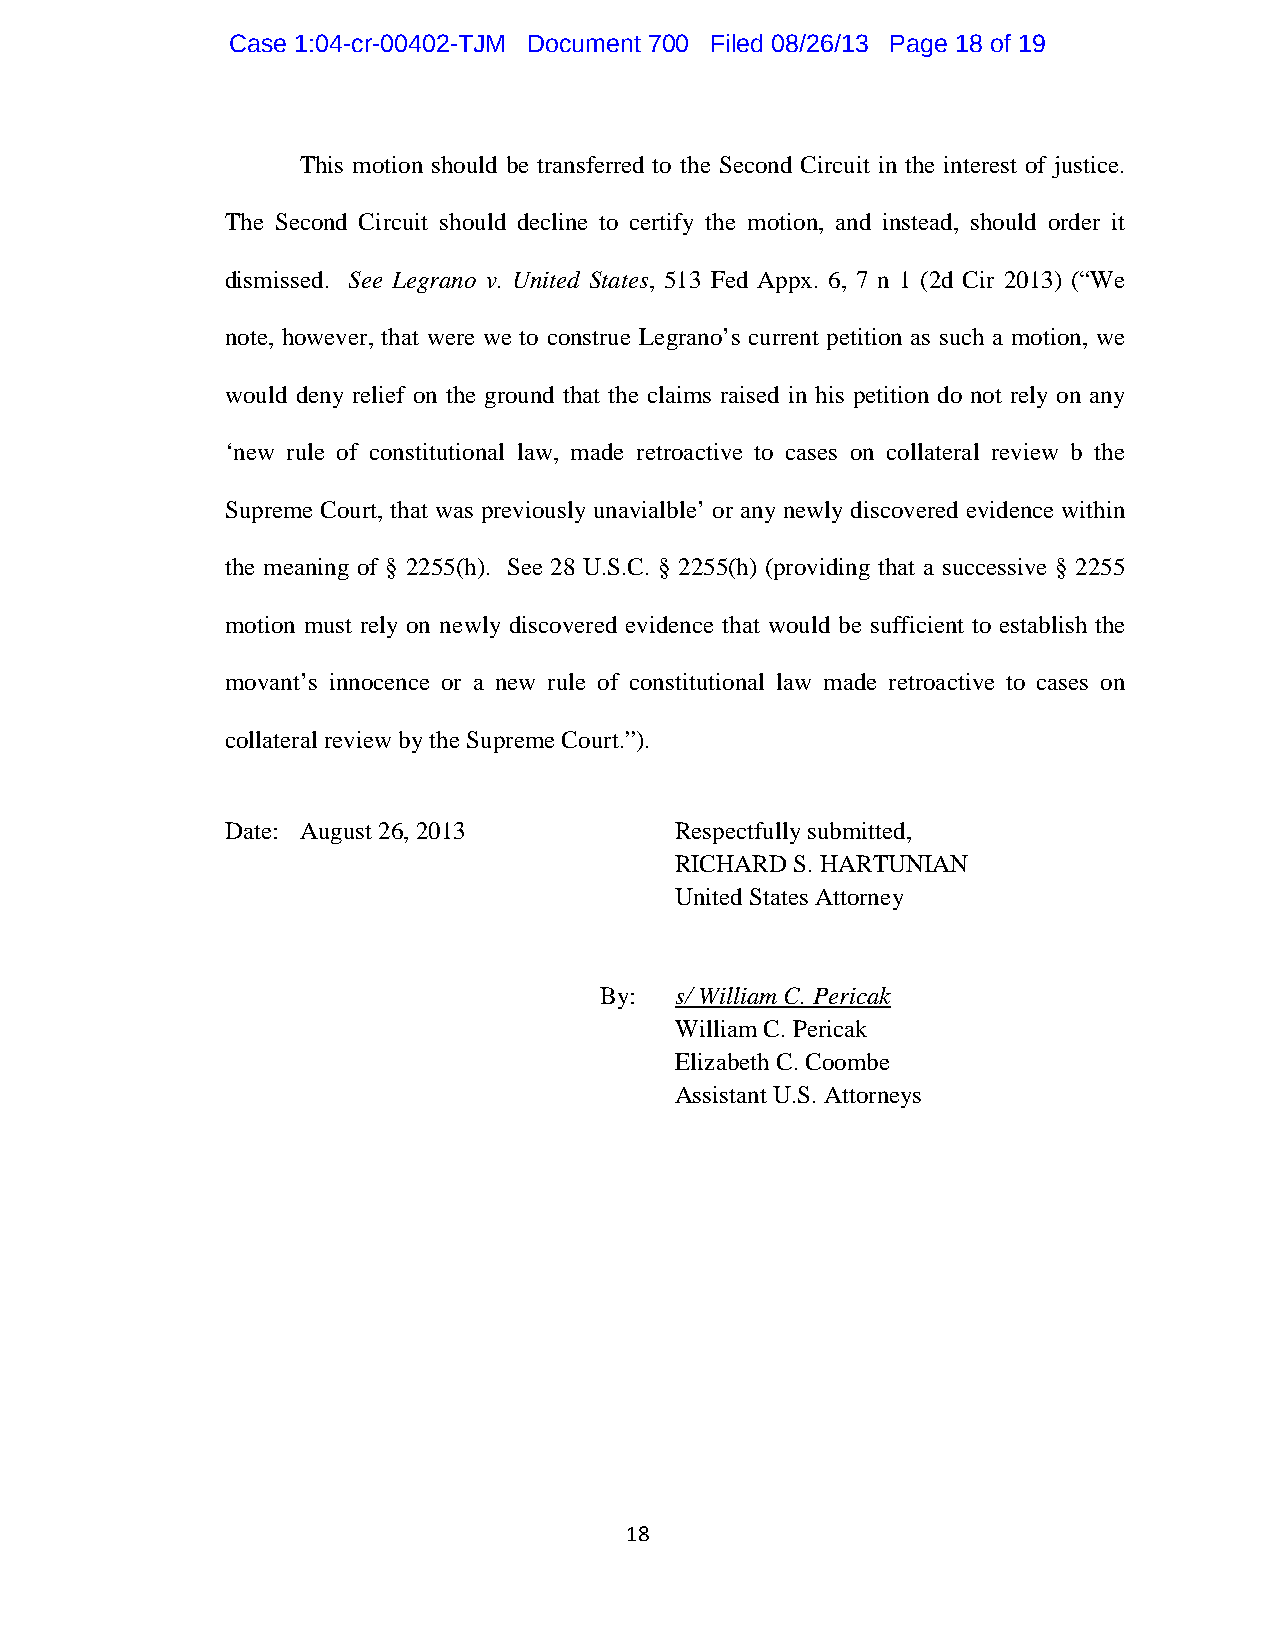
Case 1:04-cr-00402-TJM Document 700 Filed 08/26/13 Page 18 of 19
 This motion should be transferred to the Second Circuit in the interest of justice.
 The Second Circuit should decline to certify the motion, and instead, should order it
 dismissed. See Legrano v. United States, 513 Fed Appx. 6, 7 n 1 (2d Cir 2013) (“We
 note, however, that were we to construe Legrano’s current petition as such a motion, we
 would deny relief on the ground that the claims raised in his petition do not rely on any
 ‘new rule of constitutional law, made retroactive to cases on collateral review b the
 Supreme Court, that was previously unavialble’ or any newly discovered evidence within
 the meaning of § 2255(h). See 28 U.S.C. § 2255(h) (providing that a successive § 2255
 motion must rely on newly discovered evidence that would be sufficient to establish the
 movant’s innocence or a new rule of constitutional law made retroactive to cases on
 collateral review by the Supreme Court.”).
 Date: August 26, 2013         Respectfully submitted,
 RICHARD S. HARTUNIAN
 United States Attorney
 By:  s/ William C. Pericak
 William C. Pericak
 Elizabeth C. Coombe
 Assistant U.S. Attorneys
 18